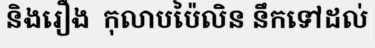
និងរឿង  កុលាបប៉ៃលិន នឹកទៅដល់